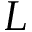
L